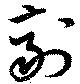
劑